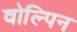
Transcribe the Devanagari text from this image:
वोल्पिन